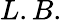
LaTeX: L.B.